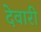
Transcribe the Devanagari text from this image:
देवारी